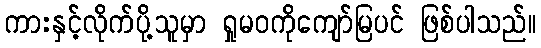
ကားနှင့်လိုက်ပို့သူမှာ ရှုမဝကိုကျော်မြပင် ဖြစ်ပါသည်။